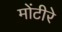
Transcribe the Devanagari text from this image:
मोंटीरे